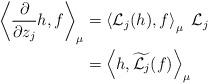
LaTeX: \begin{align*}\left< \frac{\partial}{\partial z_j}h, f\right>_{\mu}&=\left< \mathcal{L}_j(h), f\right>_{\mu}~ \mathcal{L}_j\\ &=\left< h, \widetilde{\mathcal{L}_j}(f)\right>_{\mu}\end{align*}